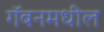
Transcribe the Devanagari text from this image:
गॅबनमधील